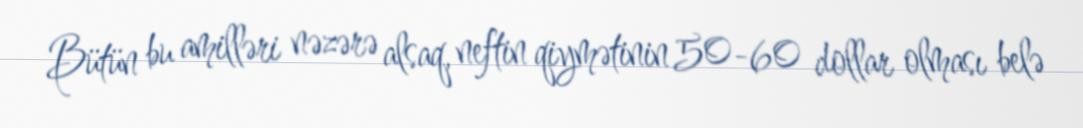
Bütün bu amilləri nəzərə alsaq, neftin qiymətinin 50-60 dollar olması belə